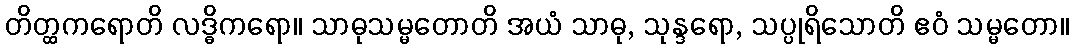
တိတ္ထကရောတိ လဒ္ဓိကရော။ သာဓုသမ္မတောတိ အယံ သာဓု, သုန္ဒရော, သပ္ပုရိသောတိ ဧဝံ သမ္မတော။